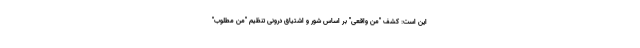
این است: کشف "منِ واقعی" بر اساس شور و اشتیاق درونی تنظیم "من مطلوب"